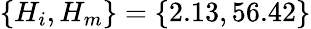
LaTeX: \left\lbrace H_{i},H_{m}\right\rbrace=\left\lbrace 2.13,56.42\right\rbrace